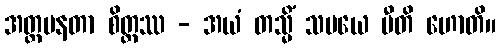
အတ္တမနတာ စိတ္တဿ - အယံ တသ္မိံ သမယေ ပီတိ ဟောတိ။